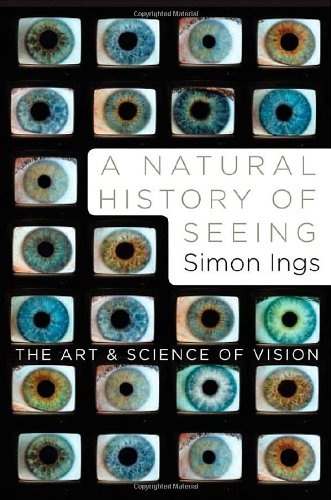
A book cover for A Natural History of Seeing: The Art and Science of Vision; Simon Ings; Health, Fitness & Dieting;